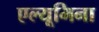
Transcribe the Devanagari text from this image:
एल्यूमिना